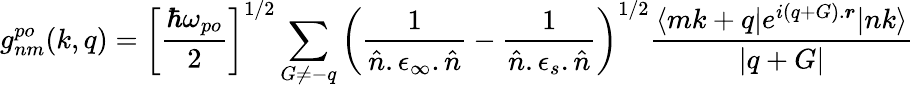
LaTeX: g_{nm}^{po}(k,q)=\bigg[\frac{\hbar\omega_{po}}{2}\bigg]^{1/2}\sum_{G\neq-q}^{}\bigg(\frac{1}{\hat{n}.\epsilon_{\infty}.\hat{n}}-\frac{1}{\hat{n}.\epsilon_{s}.\hat{n}}\bigg)^{1/2}\frac{\langle mk+q|e^{i(q+G).\boldsymbol{r}}|nk\rangle}{|q+G|}